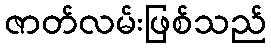
ဇာတ်လမ်းဖြစ်သည်